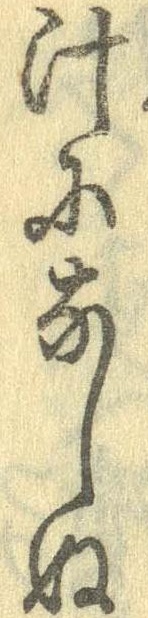
汁になしぬ